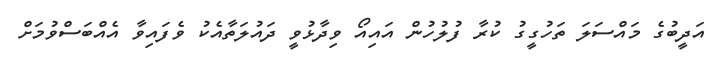
އަދީބުގެ މައްސަލަ ތަހުގީގު ކުރާ ފުލުހުން އައިއޯ ވިދާޅުވީ ދައުލަތާއެކު ވެފައިވާ އެއްބަސްވުމަށް